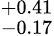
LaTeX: ^{+0.41}_{-0.17}